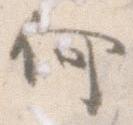
何